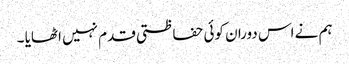
ہم نے اس دوران کوئی حفاظتی قدم نہیں اٹھایا ۔